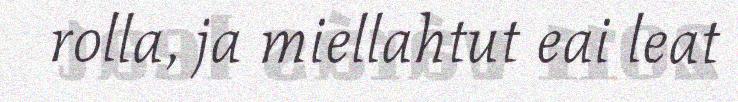
rolla, ja miellahtut eai leat